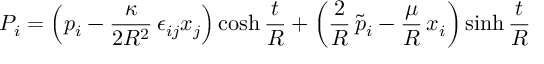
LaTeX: P _ { i } = \left( p _ { i } - \frac { \kappa } { 2 R ^ { 2 } } \, \epsilon _ { i j } x _ { j } \right) \cosh \frac { t } { R } + \left( \frac { 2 } { R } \, \tilde { p } _ { i } - \frac { \mu } { R } \, x _ { i } \right) \sinh \frac { t } { R }